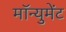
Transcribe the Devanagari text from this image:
मॉन्युमेंट